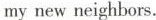
my new neighbors.